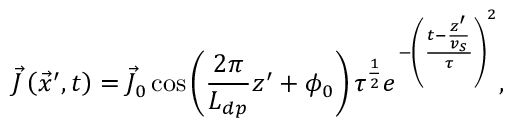
\vec { J } \left( \vec { x } ^ { \prime } , t \right) = \vec { J } _ { 0 } \cos \left( \frac { 2 \pi } { L _ { d p } } z ^ { \prime } + \phi _ { 0 } \right) \tau ^ { \frac { 1 } { 2 } } e ^ { - \left( \frac { t - \frac { z ^ { \prime } } { v _ { s } } } { \tau } \right) ^ { 2 } } ,